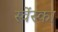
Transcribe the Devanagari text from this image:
स्वेंस्का